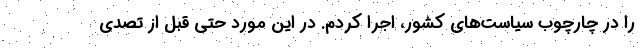
را در چارچوب سیاست‌های کشور، اجرا کردم. در این مورد حتی قبل از تصدی